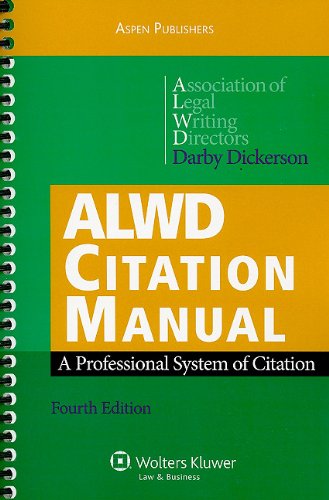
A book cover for ALWD Citation Manual: A Professional System of Citation, Fourth Edition; Association of Legal Writing Directors; Law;